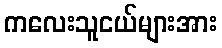
ကလေးသူငယ်များအား